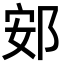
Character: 䢿